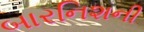
બારનિશની